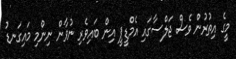
މީގެ އިތުރުން ވެސް ޖަލްސާގައި އެމްޑީޕީ އިން ބައިވެރި ނުވާން ނިންމި މައިގަނޑު